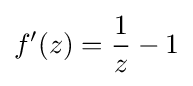
f'(z)={\frac {1}{z}}-1